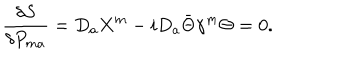
LaTeX: { \frac { \delta S } { \delta P _ { m a } } } = D _ { a } X ^ { m } - i D _ { a } \bar { \Theta } \gamma ^ { m } \Theta = 0 .